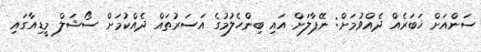
ސަންއަށް ޚަބަރެއް ދެއްވުމަށް: ނޭޕާލަށް އައި ބިންހެލުމުގެ އަސަރުތައް ދެއްކުމަށް ސޯޝަލް މީޑިއާގައި